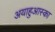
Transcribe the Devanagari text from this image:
अयाहुआस्का